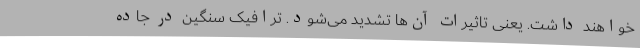
خواهند داشت. یعنی تاثیرات آن‌ها تشدید می‌شود. ترافیک سنگین در جاده